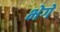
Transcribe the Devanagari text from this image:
भेगे